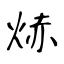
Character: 焃